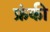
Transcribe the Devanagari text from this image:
फ्रंकी